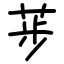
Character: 荹